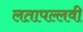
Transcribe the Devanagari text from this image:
लतापल्लवी